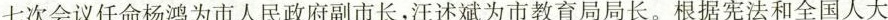
七次会议任命杨鸿为市人民政府副市长，汪述斌为市教育局局长。根据宪法和全国人大